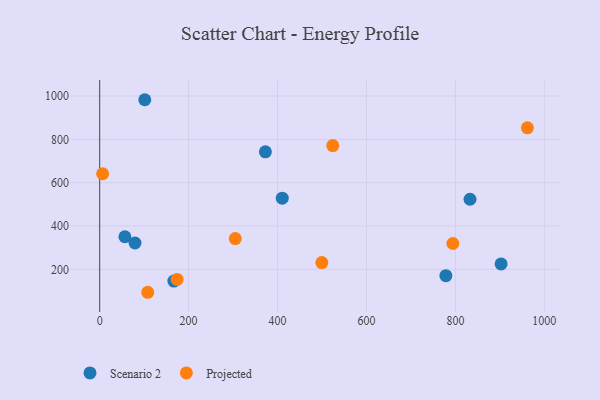
{"axis": {"x": "Speed", "y": "Sales"}, "legend": ["Projected", "Scenario 2"], "data": [{"x": "372.7", "y": 742.6, "type": "Scenario 2"}, {"x": "56.7", "y": 350.4, "type": "Scenario 2"}, {"x": "778.6", "y": 170.8, "type": "Scenario 2"}, {"x": "166.8", "y": 146.0, "type": "Scenario 2"}, {"x": "832.9", "y": 523.5, "type": "Scenario 2"}, {"x": "101.4", "y": 982.8, "type": "Scenario 2"}, {"x": "410.6", "y": 528.7, "type": "Scenario 2"}, {"x": "902.8", "y": 224.9, "type": "Scenario 2"}, {"x": "79.4", "y": 321.7, "type": "Scenario 2"}, {"x": "499.6", "y": 231.3, "type": "Projected"}, {"x": "174.1", "y": 153.5, "type": "Projected"}, {"x": "304.9", "y": 342.2, "type": "Projected"}, {"x": "524.2", "y": 771.4, "type": "Projected"}, {"x": "794.3", "y": 319.3, "type": "Projected"}, {"x": "6.6", "y": 641.3, "type": "Projected"}, {"x": "108.0", "y": 94.3, "type": "Projected"}, {"x": "961.9", "y": 853.2, "type": "Projected"}]}